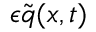
\epsilon \tilde { \boldsymbol { q } } ( x , t )